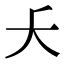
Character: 𫯛